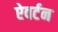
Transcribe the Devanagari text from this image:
ऐवर्टन